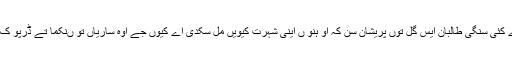
اوہدے کئی سنگی طالبان ایس گل توں پریشان سن کہ او ہنو ں اینی شہرت کیویں مل سکدی اے کیوں جے اوہ ساریاں تو ںنکما تے ڈرپو ک سی ۔